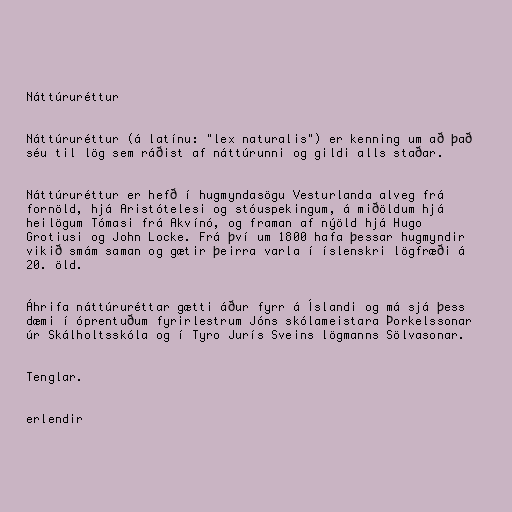
Náttúruréttur

Náttúruréttur (á latínu: "lex naturalis") er kenning um að það
séu til lög sem ráðist af náttúrunni og gildi alls staðar.

Náttúruréttur er hefð í hugmyndasögu Vesturlanda alveg frá
fornöld, hjá Aristótelesi og stóuspekingum, á miðöldum hjá
heilögum Tómasi frá Akvínó, og framan af nýöld hjá Hugo
Grotiusi og John Locke. Frá því um 1800 hafa þessar hugmyndir
vikið smám saman og gætir þeirra varla í íslenskri lögfræði á
20. öld.

Áhrifa náttúruréttar gætti áður fyrr á Íslandi og má sjá þess
dæmi í óprentuðum fyrirlestrum Jóns skólameistara Þorkelssonar
úr Skálholtsskóla og í Tyro Jurís Sveins lögmanns Sölvasonar.

Tenglar.

erlendir